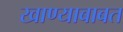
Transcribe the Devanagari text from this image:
खाण्याबाबत